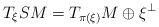
LaTeX: \begin{align*} T_\xi SM=T_{\pi(\xi)}M\oplus \xi^\bot\end{align*}